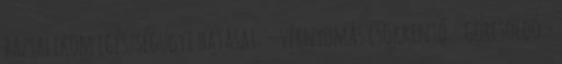
bazsalikom egészségügyi hatásai: - vérnyomás csökkentő - görcsoldó -